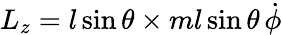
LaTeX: L_{z}=l\sin\theta\times ml\sin\theta\, {\dot{\phi}}